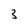
Character: 3